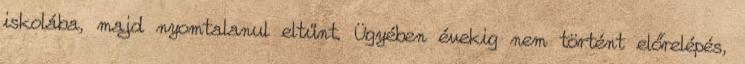
iskolába, majd nyomtalanul eltűnt. Ügyében évekig nem történt előrelépés,